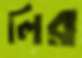
লির